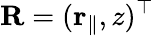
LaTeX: \mathbf R=(\mathbf{r}_{\parallel},z)^{\top}